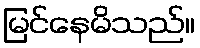
မြင်နေမိသည်။